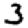
Digit: 3